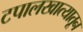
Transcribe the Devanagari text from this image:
टपालखात्यातून